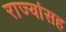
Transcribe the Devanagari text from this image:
राज्यांसह